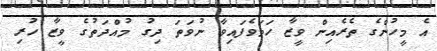
އެ މީހުންގެ ތެރެއިން ވީޒާ ހަމަވެފައިވާ ނުވަތަ ދިގު މުއްދަތުގެ ވީޒާ ހުރި